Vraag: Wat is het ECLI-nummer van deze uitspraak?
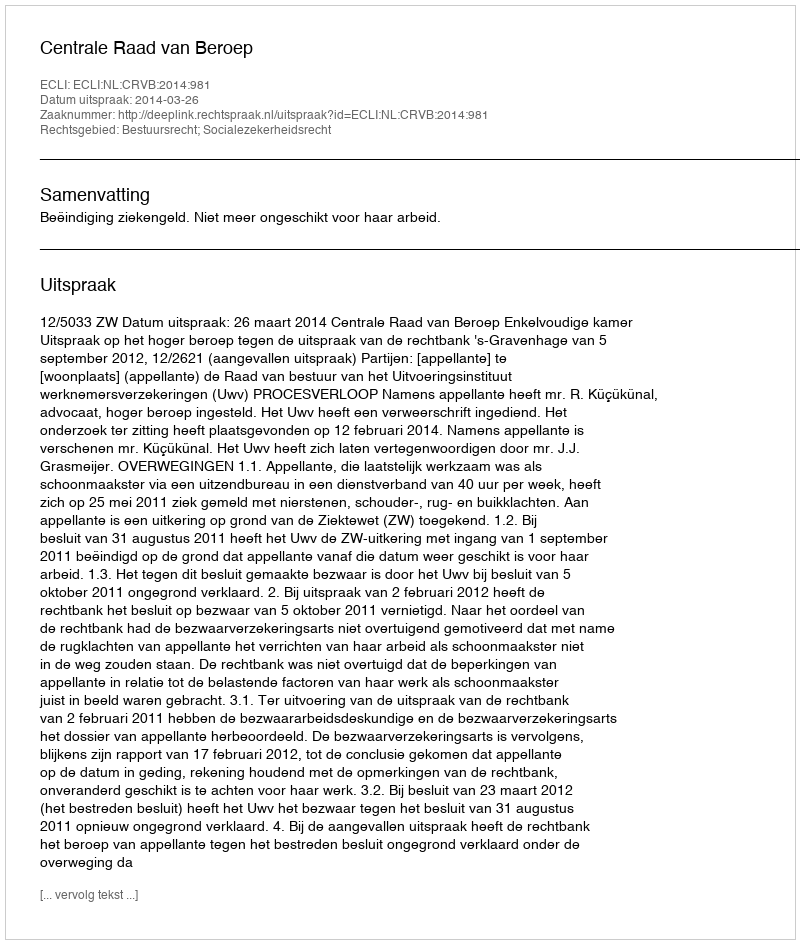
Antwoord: ECLI:NL:CRVB:2014:981